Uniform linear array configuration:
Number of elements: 16
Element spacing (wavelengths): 0.25
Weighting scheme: cosine
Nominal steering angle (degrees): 45
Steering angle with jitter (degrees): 46.312
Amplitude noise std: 0.05
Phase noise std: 0.05

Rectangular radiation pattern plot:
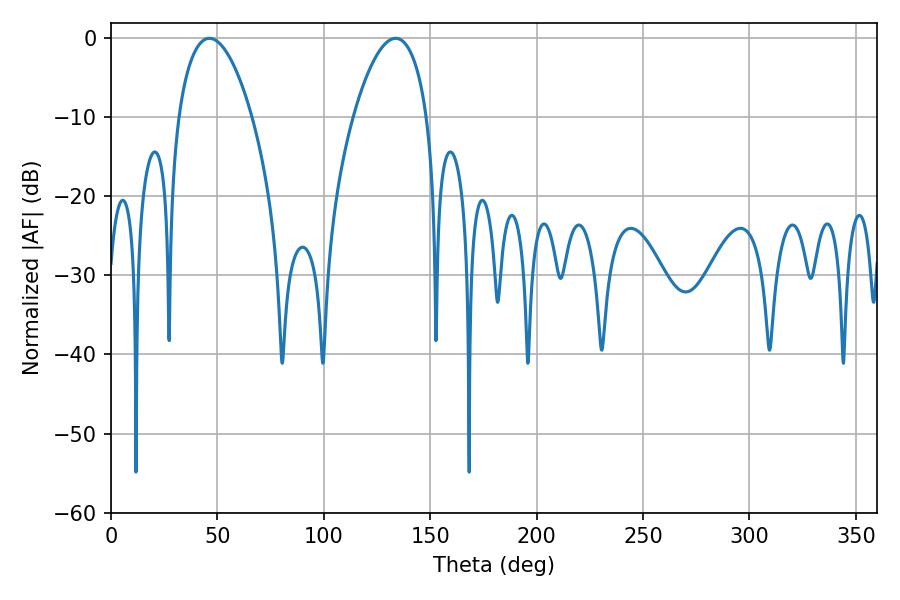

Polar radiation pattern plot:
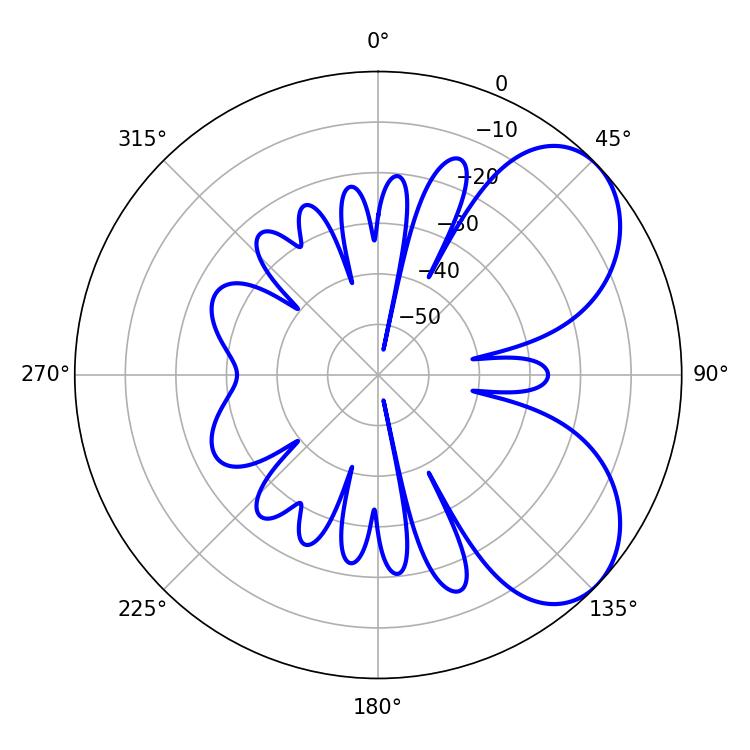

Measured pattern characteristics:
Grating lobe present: FALSE
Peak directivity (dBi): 5.819
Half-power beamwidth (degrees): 19.44
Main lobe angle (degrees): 46.26